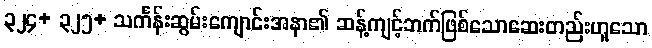
၃၂၄+ ၃၂၅+ သင်္ကန်းဆွမ်းကျောင်းအနာ၏ ဆန့်ကျင့်ဘက်ဖြစ်သောဆေးတည်းဟူသော